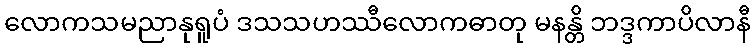
လောကသမညာနုရူပံ ဒသသဟဿီလောကဓာတု မနန္တိ ဘဒ္ဒကာပိလာနီ